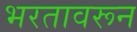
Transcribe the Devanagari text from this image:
भरतावरून